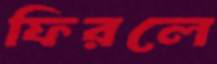
ফিরলে